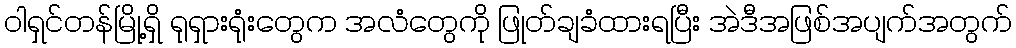
ဝါရှင်တန်မြို့ရှိ ရုရှားရုံးတွေက အလံတွေကို ဖြုတ်ချခံထားရပြီး အဲဒီအဖြစ်အပျက်အတွက်